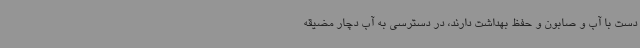
دست با آب و صابون و حفظ بهداشت دارند، در دسترسی به آب دچار مضیقه